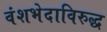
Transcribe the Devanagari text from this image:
वंशभेदाविरुद्ध